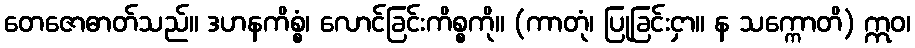
တေဇောဓာတ်သည်။ ဒဟနကိစ္စံ၊ လောင်ခြင်းကိစ္စကို။ (ကာတုံ၊ ပြုခြင်းငှာ။ န သက္ကောတိ) ဣဝ၊